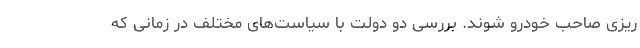
ریزی صاحب خودرو شوند. بررسی دو دولت با سیاست‌های مختلف در زمانی که